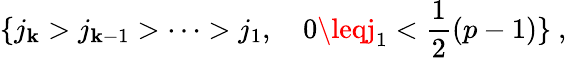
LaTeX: \{ j_{\mathbf{k}}>j_{\mathbf{k}-1}>\cdots>j_{1},~~~~0\leqj_{1}<\frac{{1}}{{2}}(p-1)\} ~,